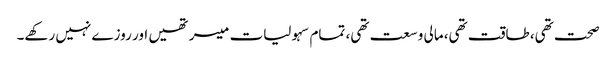
صحت تھی، طاقت تھی، مالی وسعت تھی، تمام سہولیات میسر تھیں اور روزے نہیں رکھے۔